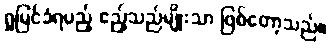
ရှုမြင်ခံရမည့် ဧည့်သည်မျိုးသာ ဖြစ်တော့သည်။